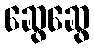
ဆွေဆွေ